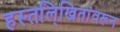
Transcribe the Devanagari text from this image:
हस्तलि्खितांवरून